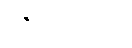
ဇေတဝနသုတ်